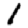
Digit: 1